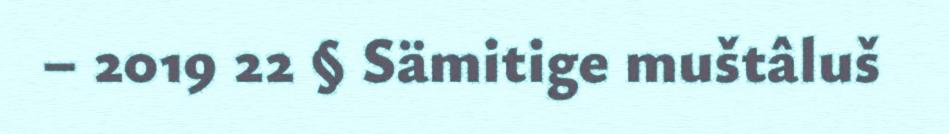
– 2019 22 § Sämitige muštâluš